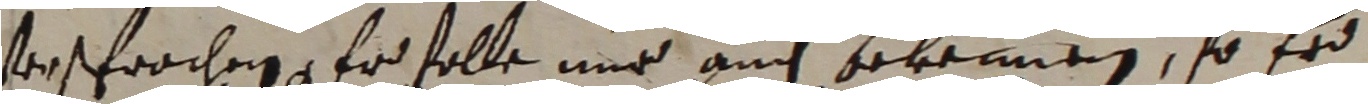
versprochen, er solle nur auch bekennen, so tro